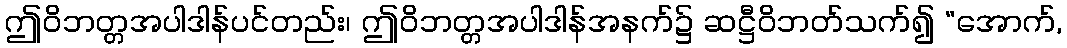
ဤဝိဘတ္တအပါဒါန်ပင်တည်း၊ ဤဝိဘတ္တအပါဒါန်အနက်၌ ဆဋ္ဌီဝိဘတ်သက်၍ “အောက်,